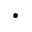
\cdot